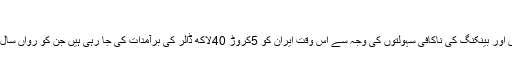
(خبر جاری ہے)
اقتصادی ماہرین نے کہا ہے کہ اقتصادی پابندیوں اور بینکنگ کی ناکافی سہولتوں کی وجہ سے اس وقت ایران کو 5کروڑ 40لاکھ ڈالر کی برآمدات کی جا رہی ہیں جن کو رواں سال کے دوران 2کروڑ ڈالر تک بڑھایا جا سکتا ہے۔